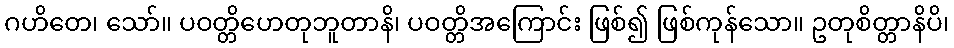
ဂဟိတေ၊ သော်။ ပဝတ္တိဟေတုဘူတာနိ၊ ပဝတ္တိအကြောင်း ဖြစ်၍ ဖြစ်ကုန်သော။ ဥတုစိတ္တာနိပိ၊